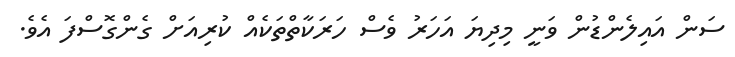
ސަން އައިލެންޑުން ވަނީ މިދިޔަ އަހަރު ވެސް ހަރަކާތްތަކެއް ކުރިއަށް ގެންގޮސްފަ އެވެ.